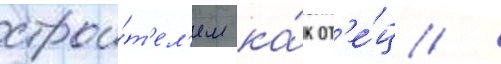
строи́т'ел'ем ка́к от'е́ц /